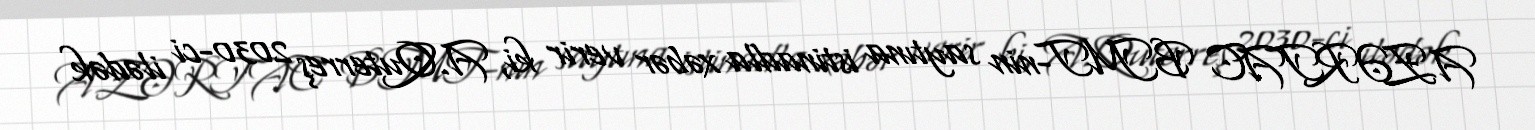
AZƏRTAC BMT-nin saytına istinadla xəbər verir ki, A.Quterreş 2030-ci ilədək